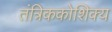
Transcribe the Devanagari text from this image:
तंत्रिककोशिक्य